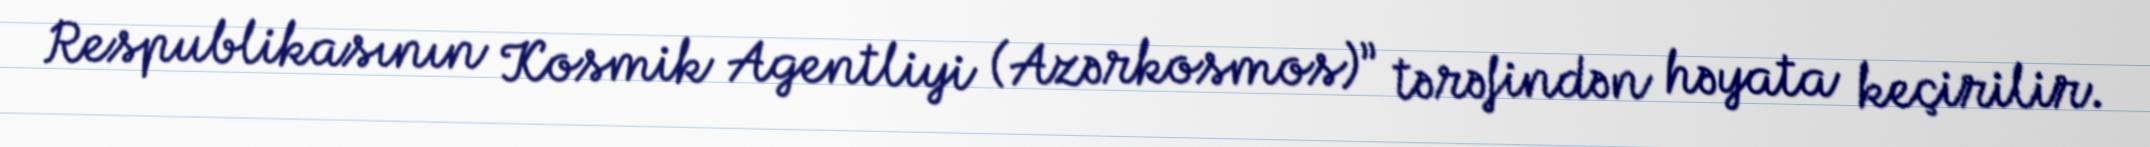
Respublikasının Kosmik Agentliyi (Azərkosmos)” tərəfindən həyata keçirilir.